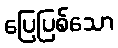
ပြေပြစ်သော